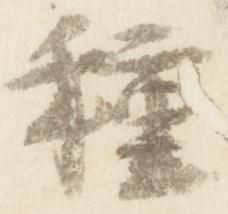
種